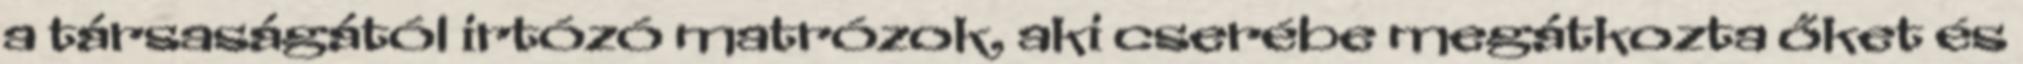
a társaságától irtózó matrózok, aki cserébe megátkozta őket és